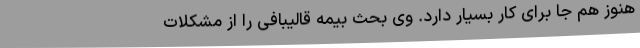
هنوز هم جا برای کار بسیار دارد. وی بحث بیمه قالیبافی را از مشکلات